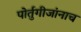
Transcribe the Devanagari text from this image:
पोर्तुगीजांनाच